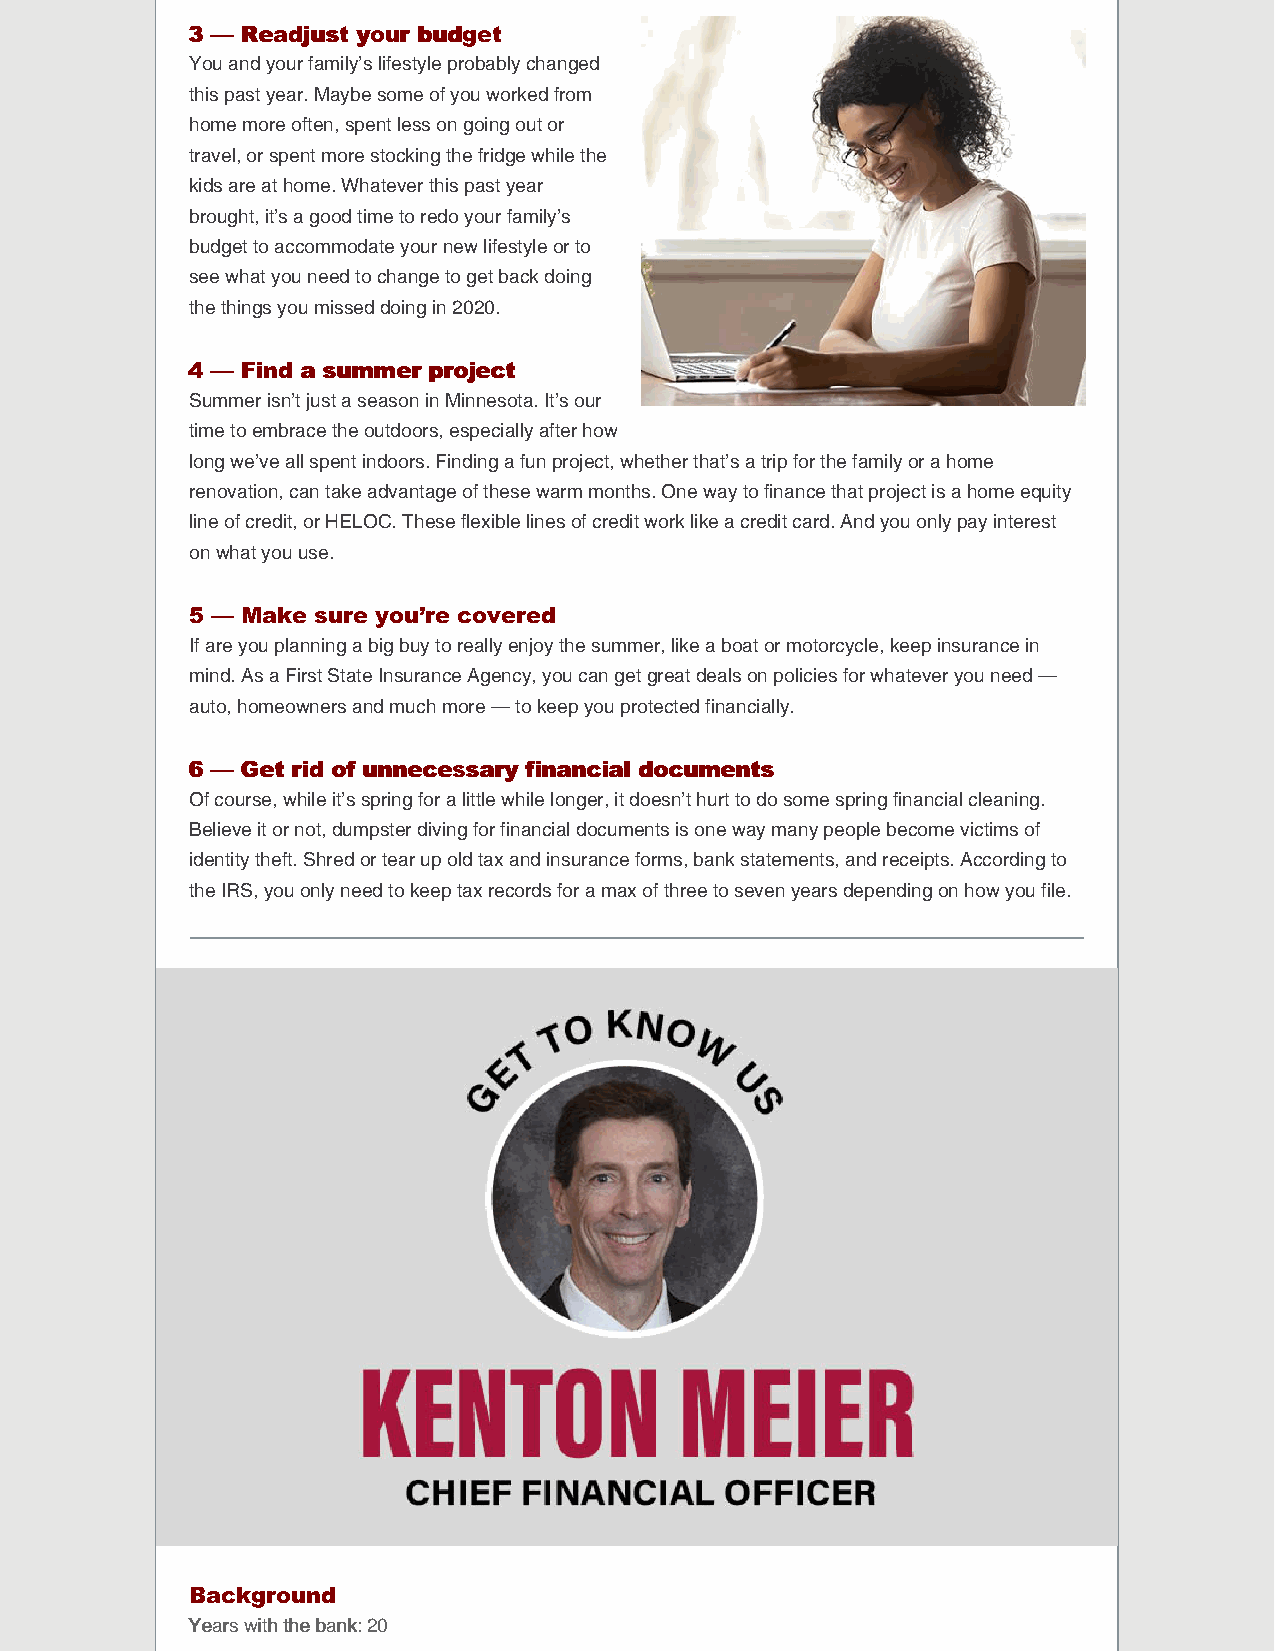
33 —— RReeaaddjjuusstt yyoouurr bbuuddggeett
 You and your family’s lifestyle probably changed
 this past year. Maybe some of you worked from
 home more often, spent less on going out or
 travel, or spent more stocking the fridge while the
 kids are at home. Whatever this past year
 brought, it’s a good time to redo your family’s
 budget to accommodate your new lifestyle or to
 see what you need to change to get back doing
 the things you missed doing in 2020.
 44 —— FFiinndd aa ssuummmmeerr pprroojjeecctt
 Summer isn’t just a season in Minnesota. It’s our
 time to embrace the outdoors, especially after how
 long we’ve all spent indoors. Finding a fun project, whether that’s a trip for the family or a home
 renovation, can take advantage of these warm months. One way to finance that project is a home equity
 line of credit, or HELOC. These flexible lines of credit work like a credit card. And you only pay interest
 on what you use.
 5 — Make sure you’re covered
 If are you planning a big buy to really enjoy the summer, like a boat or motorcycle, keep insurance in
 mind. As a First State Insurance Agency, you can get great deals on policies for whatever you need —
 auto, homeowners and much more — to keep you protected financially.
 66 —— GGeett rriidd ooff uunnnneecceessssaarryy ffiinnaanncciiaall ddooccuummeennttss
 Of course, while it’s spring for a little while longer, it doesn’t hurt to do some spring financial cleaning.
 Believe it or not, dumpster diving for financial documents is one way many people become victims of
 identity theft. Shred or tear up old tax and insurance forms, bank statements, and receipts. According to
 the IRS, you only need to keep tax records for a max of three to seven years depending on how you file.
 Background
 YYeeaarrss wwiitthh tthhee bbaannkk:: 20